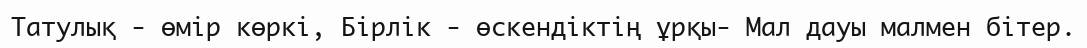
Татулық - өмір көркі, Бірлік - өскендіктің ұрқы- Мал дауы малмен бітер.